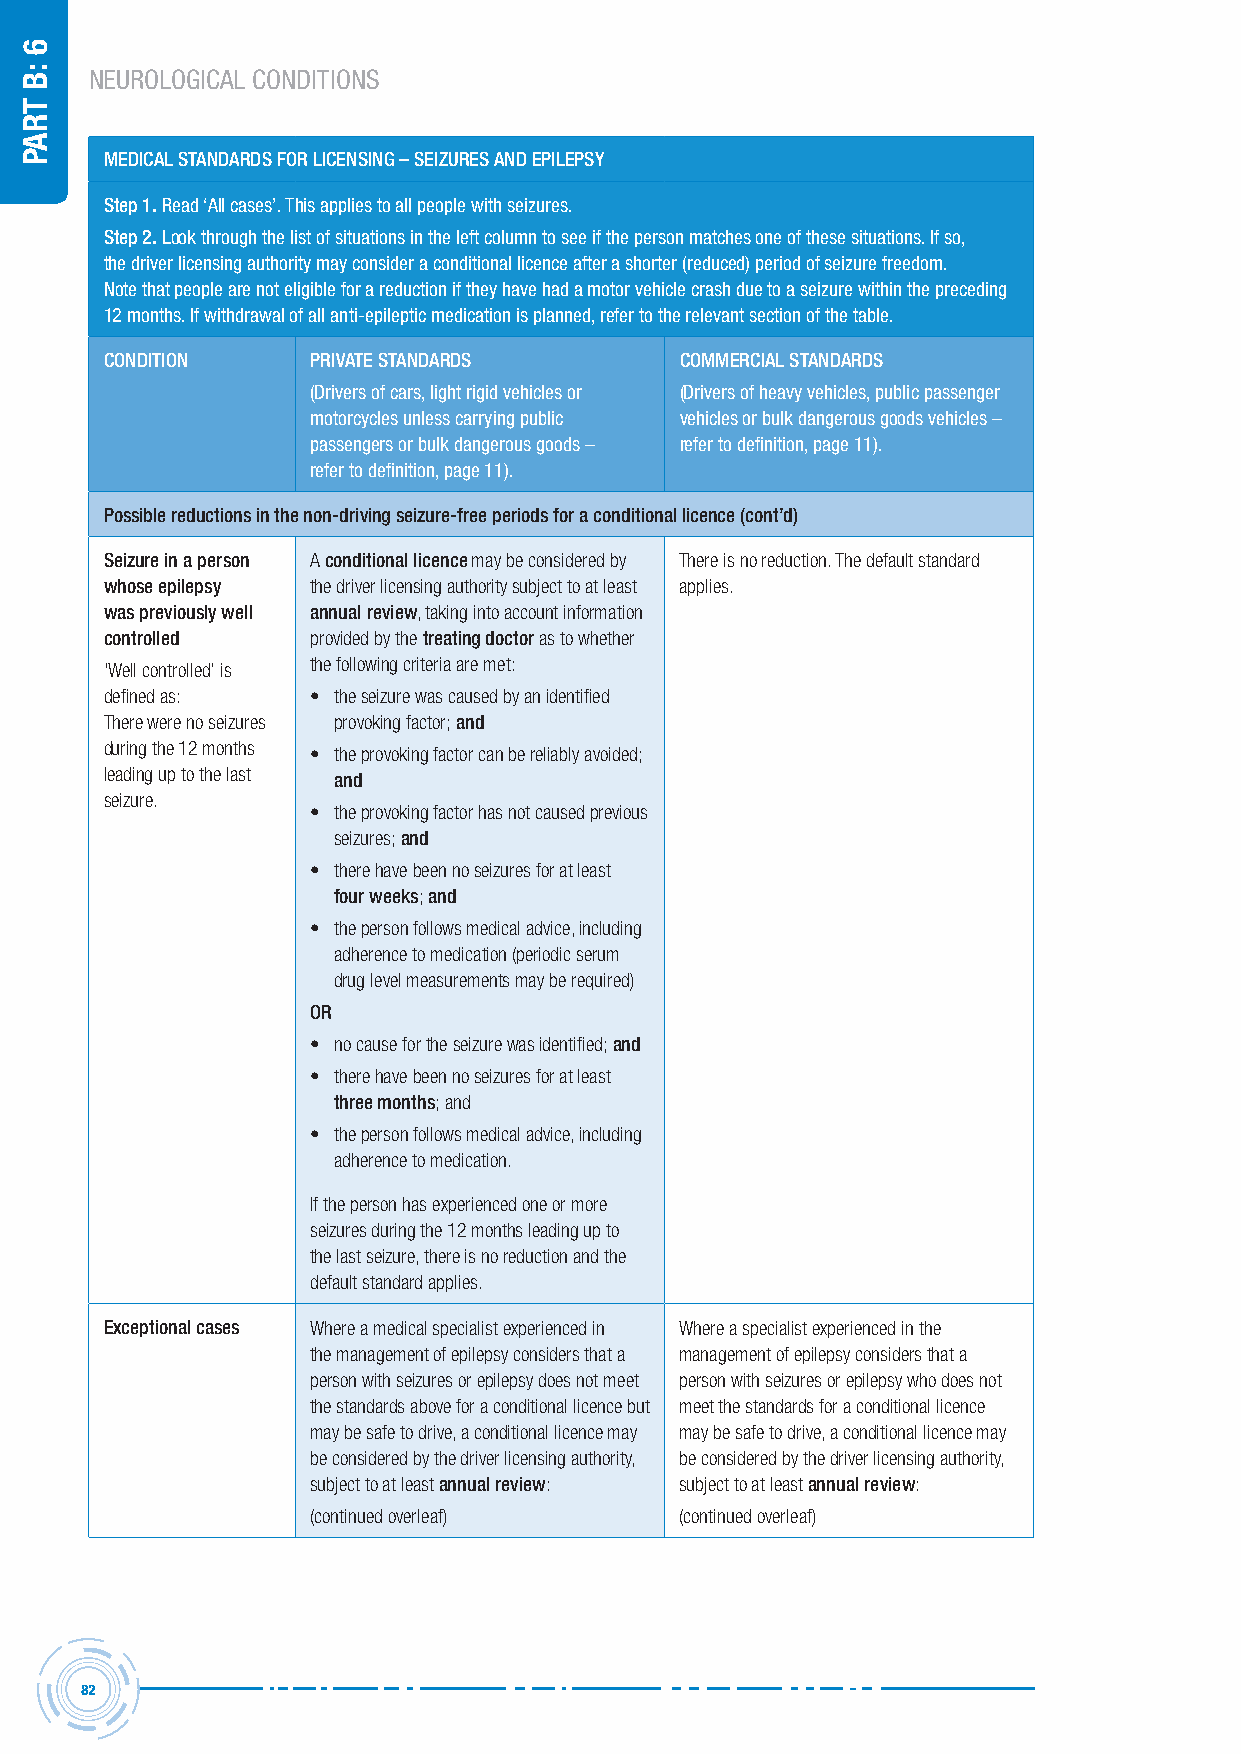
NEUROLOGICAL CONDITIONS
 MeDicAL stAnDArDs For Licensing – seiZUres AnD ePiLePsY
 step 1. read ‘all cases’. this applies to all people with seizures.
 step 2. look through the list of situations in the left column to see if the person matches one of these situations. If so,
 the driver licensing authority may consider a conditional licence after a shorter (reduced) period of seizure freedom.
 note that people are not eligible for a reduction if they have had a motor vehicle crash due to a seizure within the preceding
 12 months. If withdrawal of all anti-epileptic medication is planned, refer to the relevant section of the table.
 conDition     PrivAte stAnDArDs       coMMerciAL stAnDArDs
 (Drivers of cars, light rigid vehicles or (Drivers of heavy vehicles, public passenger
 motorcycles unless carrying public vehicles or bulk dangerous goods vehicles –
 passengers or bulk dangerous goods – refer to definition, page 11).
 refer to definition, page 11).
 Possible reductions in the non-driving seizure-free periods for a conditional licence (cont’d)
 seizure in a person A conditional licence may be considered by There is no reduction. The default standard
 whose epilepsy the driver licensing authority subject to at least applies.
 was previously well annual review, taking into account information
 controlled    provided by the treating doctor as to whether
 ‘Well controlled’ is the following criteria are met:
 defined as:   • the seizure was caused by an identified
 There were no seizures provoking factor; and
 during the 12 months • the provoking factor can be reliably avoided;
 leading up to the last
 and
 seizure.
 • the provoking factor has not caused previous
 seizures; and
 • there have been no seizures for at least
 four weeks; and
 • the person follows medical advice, including
 adherence to medication (periodic serum
 drug level measurements may be required)
 or
 • no cause for the seizure was identified; and
 • there have been no seizures for at least
 three months; and
 • the person follows medical advice, including
 adherence to medication.
 If the person has experienced one or more
 seizures during the 12 months leading up to
 the last seizure, there is no reduction and the
 default standard applies.
 exceptional cases Where a medical specialist experienced in Where a specialist experienced in the
 the management of epilepsy considers that a management of epilepsy considers that a
 person with seizures or epilepsy does not meet person with seizures or epilepsy who does not
 the standards above for a conditional licence but meet the standards for a conditional licence
 may be safe to drive, a conditional licence may may be safe to drive, a conditional licence may
 be considered by the driver licensing authority, be considered by the driver licensing authority,
 subject to at least annual review: subject to at least annual review:
 (continued overleaf)    (continued overleaf)
 82
 6
 :B
 traP